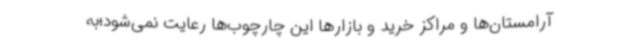
آرامستان‌ها و مراکز خرید و بازارها این چارچوب‌ها رعایت نمی‌شود؛به